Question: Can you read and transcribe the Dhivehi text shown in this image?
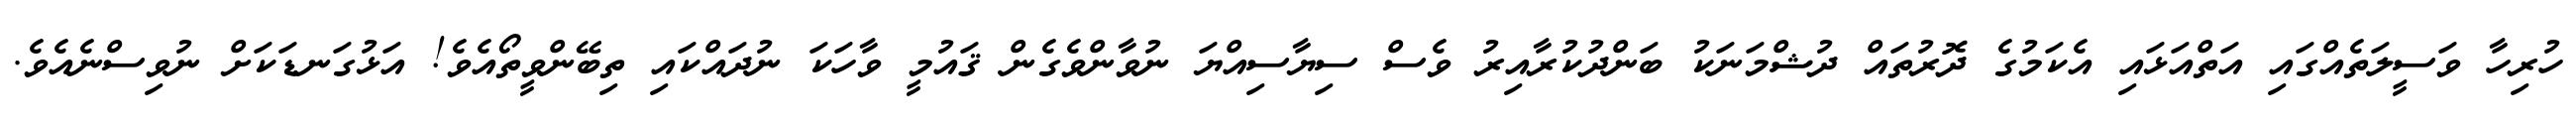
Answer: ހުރިހާ ވަސީލަތެއްގައި އަތްއަޅައި އެކަމުގެ ދޮރުތައް ދުޝްމަނަކު ބަންދުކުރާއިރު ވެސް ސިޔާސިއްޔަ ނުވާންވެގެން ޤައުމީ ވާހަކަ ނުދައްކައި ތިބޭންވީތޯއެވެ! އަޅުގަނޑަކަށް ނުވިސްނެއެވެ.